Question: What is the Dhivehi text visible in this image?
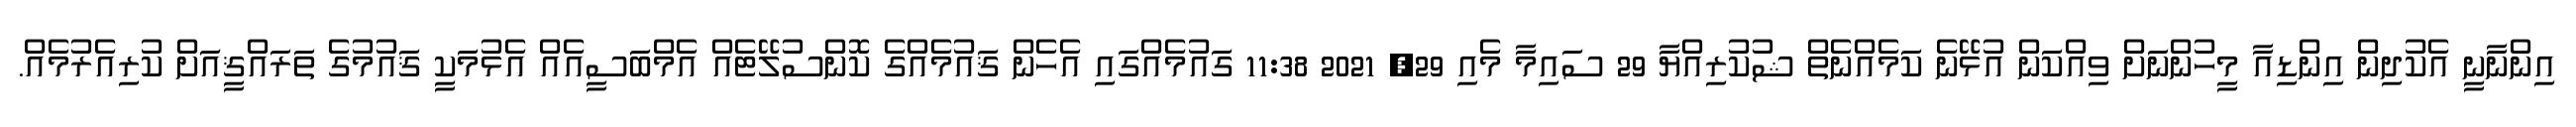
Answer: އިންނާނީ އެކުދިން އިންޑިއާ މީހުންނަށް ވިއްކަން އުޅޭނެ ކަމެއްނެތް ޝުކުރިއްޔާ 29 ސައިމާ މެއި 29, 2021 11:38 ގައުމެއްގައި އެހެން ޤައުމެއްގެ ކޮންސުލޭޓެއް އެމްބަސީއެއް އެޅުމަކީ ޤައުމުގެ ތަރައްޤީއަށް ކުރިއެރުމެއް.